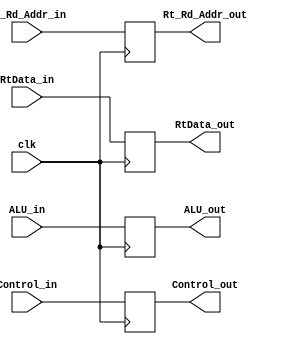
module EX_MEM(
	//output
output reg[3:0]Control_out,
output reg[31:0]ALU_out,
output reg[31:0]RtData_out,
output reg[4:0]Rt_Rd_Addr_out,
	//input
input [3:0]Control_in,
input [31:0]ALU_in,
input [31:0]RtData_in,
input [4:0]Rt_Rd_Addr_in,
input clk
);
always@(posedge clk)
begin
	Control_out=Control_in;
	ALU_out=ALU_in;
	RtData_out=RtData_in;
	Rt_Rd_Addr_out=Rt_Rd_Addr_in;
end

endmodule